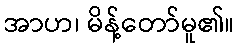
အာဟ၊ မိန့်တော်မူ၏။